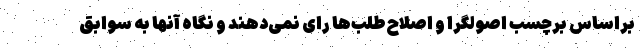
براساس برچسب اصولگرا و اصلاح‌طلب‌ها رای نمی‌دهند و نگاه آنها به سوابق